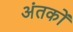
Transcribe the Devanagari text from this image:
अंतकों